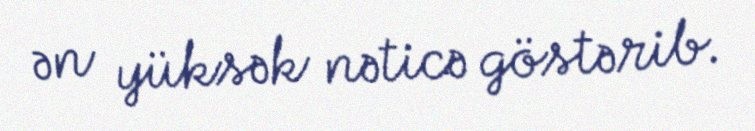
ən yüksək nəticə göstərib.